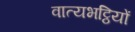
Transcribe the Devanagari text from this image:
वात्यभट्ठियों